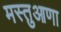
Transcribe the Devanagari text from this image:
मस्तुआणा